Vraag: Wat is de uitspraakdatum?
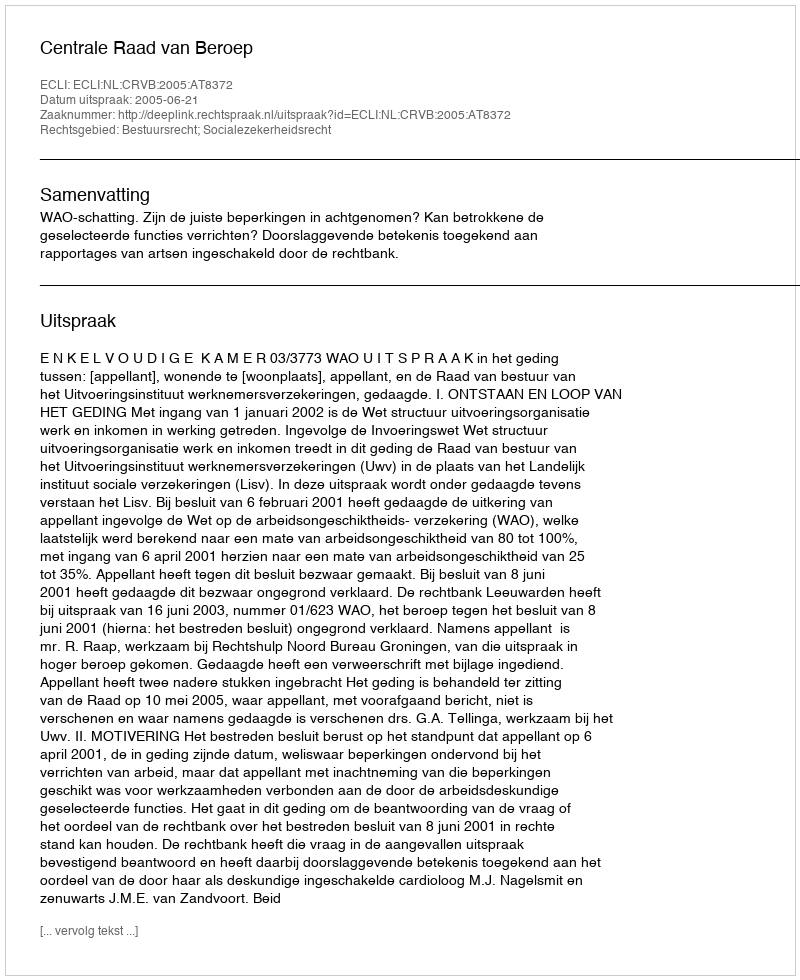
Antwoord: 2005-06-21